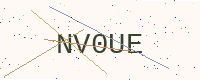
Text: NV0UE